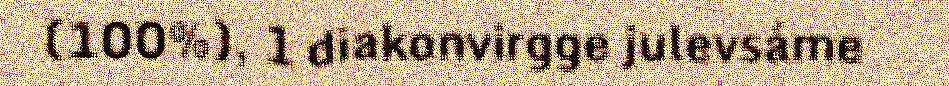
(100%), 1 diakonvirgge julevsáme